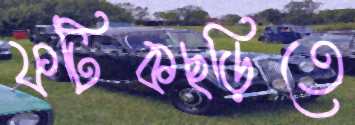
ফটিকছড়িতে